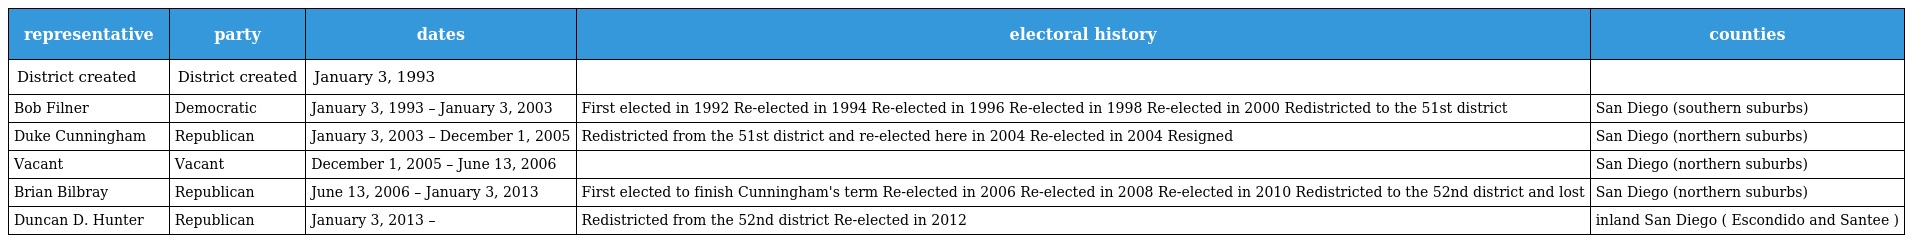
| representative | party | dates | electoral history | counties |
 | --- | --- | --- | --- | --- |
 | District created | District created | January 3, 1993 |  |  |
 | Bob Filner | Democratic | January 3, 1993 – January 3, 2003 | First elected in 1992 Re-elected in 1994 Re-elected in 1996 Re-elected in 1998 Re-elected in 2000 Redistricted to the 51st district | San Diego (southern suburbs) |
 | Duke Cunningham | Republican | January 3, 2003 – December 1, 2005 | Redistricted from the 51st district and re-elected here in 2004 Re-elected in 2004 Resigned | San Diego (northern suburbs) |
 | Vacant | Vacant | December 1, 2005 – June 13, 2006 |  | San Diego (northern suburbs) |
 | Brian Bilbray | Republican | June 13, 2006 – January 3, 2013 | First elected to finish Cunningham's term Re-elected in 2006 Re-elected in 2008 Re-elected in 2010 Redistricted to the 52nd district and lost | San Diego (northern suburbs) |
 | Duncan D. Hunter | Republican | January 3, 2013 – | Redistricted from the 52nd district Re-elected in 2012 | inland San Diego ( Escondido and Santee ) |